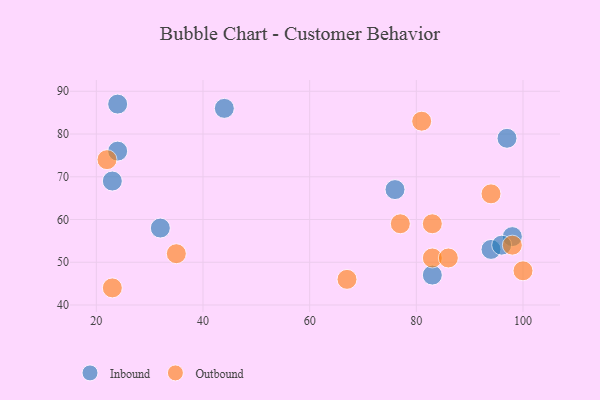
{"axis": {"x": "GDP", "y": "Life Expectancy"}, "legend": ["Inbound", "Outbound"], "data": [{"x": "83", "y": 47, "type": "Inbound"}, {"x": "98", "y": 56, "type": "Inbound"}, {"x": "76", "y": 67, "type": "Inbound"}, {"x": "94", "y": 53, "type": "Inbound"}, {"x": "23", "y": 69, "type": "Inbound"}, {"x": "44", "y": 86, "type": "Inbound"}, {"x": "24", "y": 76, "type": "Inbound"}, {"x": "97", "y": 79, "type": "Inbound"}, {"x": "32", "y": 58, "type": "Inbound"}, {"x": "24", "y": 87, "type": "Inbound"}, {"x": "96", "y": 54, "type": "Inbound"}, {"x": "81", "y": 83, "type": "Outbound"}, {"x": "98", "y": 54, "type": "Outbound"}, {"x": "77", "y": 59, "type": "Outbound"}, {"x": "22", "y": 74, "type": "Outbound"}, {"x": "67", "y": 46, "type": "Outbound"}, {"x": "83", "y": 51, "type": "Outbound"}, {"x": "35", "y": 52, "type": "Outbound"}, {"x": "86", "y": 51, "type": "Outbound"}, {"x": "100", "y": 48, "type": "Outbound"}, {"x": "83", "y": 59, "type": "Outbound"}, {"x": "94", "y": 66, "type": "Outbound"}, {"x": "23", "y": 44, "type": "Outbound"}]}